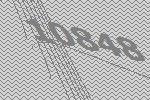
10848